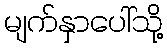
မျက်နှာပေါ်သို့